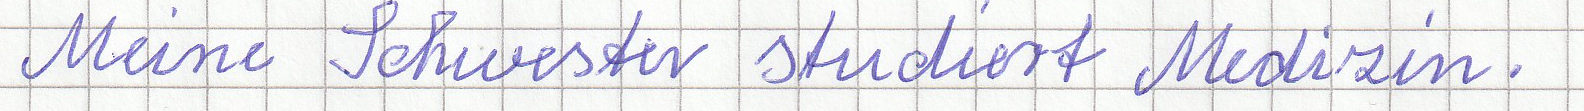
Meine Schwester studiert Medizin.